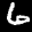
Label: 6